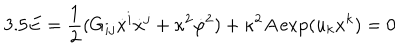
3 . 5 E = \frac { 1 } { 2 } ( G _ { i j } \dot { x } ^ { i } \dot { x } ^ { j } + \kappa ^ { 2 } \dot { \varphi } ^ { 2 } ) + \kappa ^ { 2 } A \exp ( u _ { k } x ^ { k } ) = 0